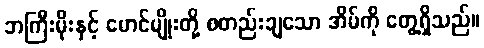
ဘကြီးမိုးနှင့် မောင်မျိုးတို့ စတည်းချသော အိမ်ကို တွေ့ရှိသည်။